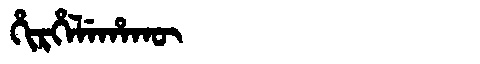
Manchu: ᡥᡳᡵᡥᡝᠯᡝᡥᠠᡴᡡ
Romanization: HIRHELEHAKŪ